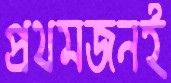
প্রথমজনই